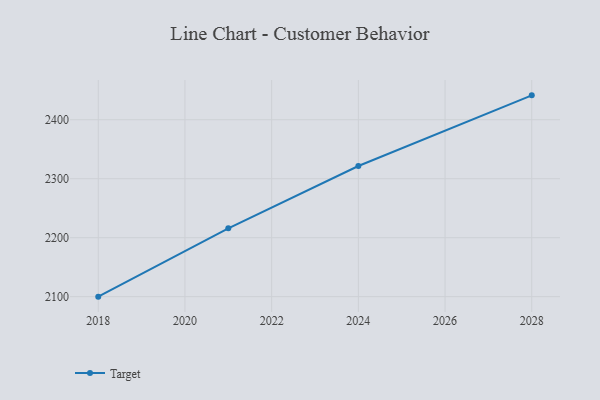
{"axis": {"x": "Year", "y": "Waste Production (Tons)"}, "legend": ["Target"], "data": [{"x": "2018", "y": 2100.0, "type": "Target"}, {"x": "2021", "y": 2215.9, "type": "Target"}, {"x": "2024", "y": 2321.6, "type": "Target"}, {"x": "2028", "y": 2441.4, "type": "Target"}]}